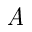
\textit { A }